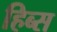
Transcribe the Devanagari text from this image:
हिब्स